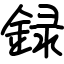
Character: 録